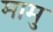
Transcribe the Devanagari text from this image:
मामु